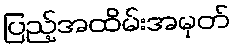
ပြည့်အထိမ်းအမှတ်